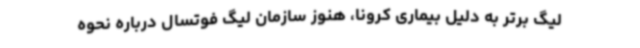
لیگ برتر به دلیل بیماری کرونا، هنوز سازمان لیگ فوتسال درباره نحوه